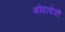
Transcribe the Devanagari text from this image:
गोदादेवी